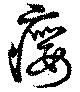
癭